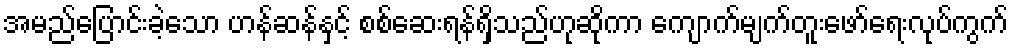
အမည်ပြောင်းခဲ့သော ဟန်ဆန်နှင့် စစ်ဆေးရန်ရှိသည်ဟုဆိုကာ ကျောက်မျက်တူးဖော်ရေးလုပ်ကွက်